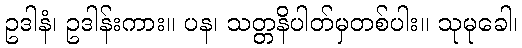
ဥဒါနံ၊ ဥဒါန်းကား။ ပန၊ သတ္တနိပါတ်မှတစ်ပါး။ သုမုခေါ၊